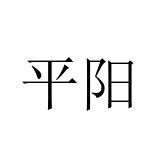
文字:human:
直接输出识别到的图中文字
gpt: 平阳